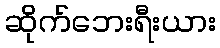
ဆိုက်ဘေးရီးယား